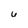
Character: 6